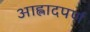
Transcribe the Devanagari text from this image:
आह्लादपर्ण